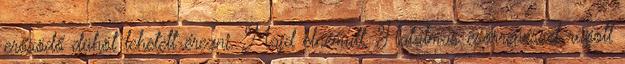
erősödő dühöt lehetett érezni. Majd elnémult. Hatalmas csörrenéssel rúgott